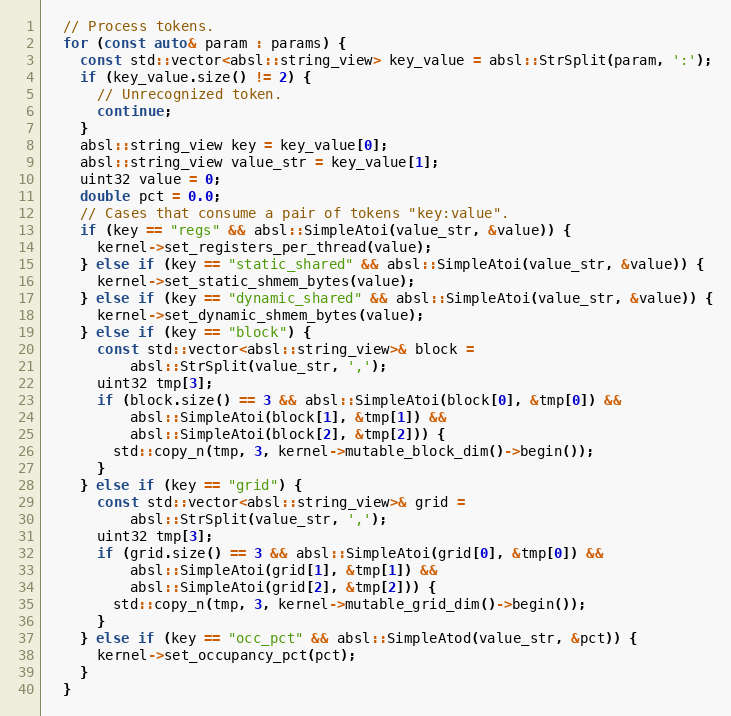
Language: C++
  // Process tokens.
  for (const auto& param : params) {
    const std::vector<absl::string_view> key_value = absl::StrSplit(param, ':');
    if (key_value.size() != 2) {
      // Unrecognized token.
      continue;
    }
    absl::string_view key = key_value[0];
    absl::string_view value_str = key_value[1];
    uint32 value = 0;
    double pct = 0.0;
    // Cases that consume a pair of tokens "key:value".
    if (key == "regs" && absl::SimpleAtoi(value_str, &value)) {
      kernel->set_registers_per_thread(value);
    } else if (key == "static_shared" && absl::SimpleAtoi(value_str, &value)) {
      kernel->set_static_shmem_bytes(value);
    } else if (key == "dynamic_shared" && absl::SimpleAtoi(value_str, &value)) {
      kernel->set_dynamic_shmem_bytes(value);
    } else if (key == "block") {
      const std::vector<absl::string_view>& block =
          absl::StrSplit(value_str, ',');
      uint32 tmp[3];
      if (block.size() == 3 && absl::SimpleAtoi(block[0], &tmp[0]) &&
          absl::SimpleAtoi(block[1], &tmp[1]) &&
          absl::SimpleAtoi(block[2], &tmp[2])) {
        std::copy_n(tmp, 3, kernel->mutable_block_dim()->begin());
      }
    } else if (key == "grid") {
      const std::vector<absl::string_view>& grid =
          absl::StrSplit(value_str, ',');
      uint32 tmp[3];
      if (grid.size() == 3 && absl::SimpleAtoi(grid[0], &tmp[0]) &&
          absl::SimpleAtoi(grid[1], &tmp[1]) &&
          absl::SimpleAtoi(grid[2], &tmp[2])) {
        std::copy_n(tmp, 3, kernel->mutable_grid_dim()->begin());
      }
    } else if (key == "occ_pct" && absl::SimpleAtod(value_str, &pct)) {
      kernel->set_occupancy_pct(pct);
    }
  }